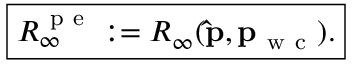
\boxed { R _ { \infty } ^ { \mathrm { ~ p ~ e ~ } } : = R _ { \infty } ( \mathbf { \hat { p } } , \mathbf { p } _ { \mathrm { ~ w ~ c ~ } } ) . }